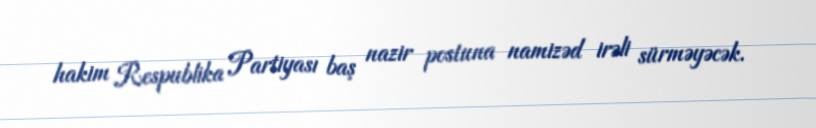
hakim Respublika Partiyası baş nazir postuna namizəd irəli sürməyəcək.